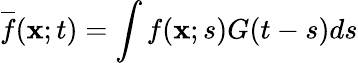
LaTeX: \overline{{f}}({\mathbf{x}};t)=\int f({\mathbf{x}};s)G(t-s)ds